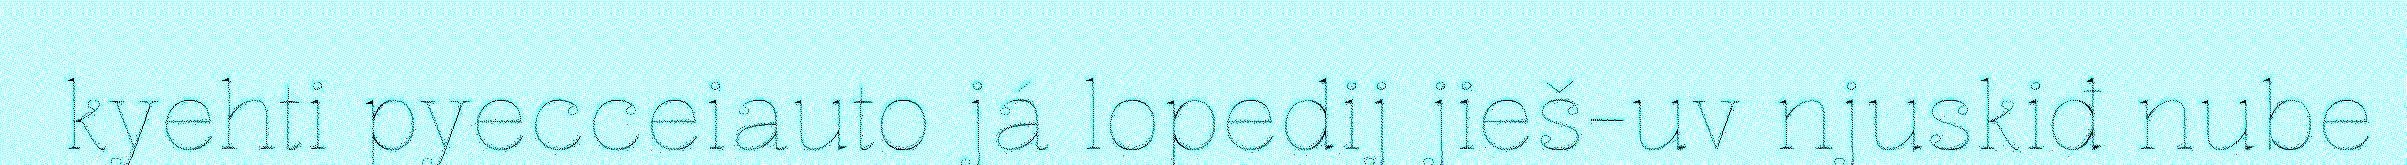
kyehti pyecceiauto já lopedij jieš-uv njuskiđ nube